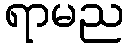
ရာမည